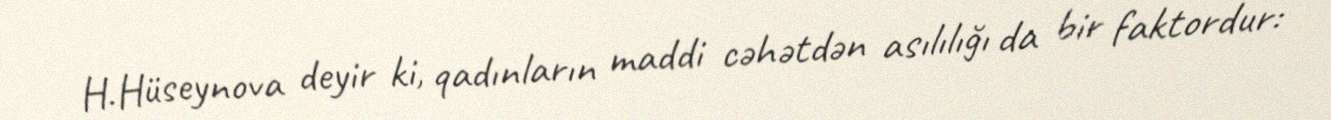
H.Hüseynova deyir ki, qadınların maddi cəhətdən asılılığı da bir faktordur: